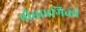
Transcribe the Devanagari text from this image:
प्रौद्याप्रगिकी